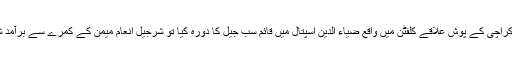
اسی طرح جب چیف جسٹس آف پاکستان جسٹس ثاقب نثار نے کراچی کے پوش علاقے کلفٹن میں واقع ضیاء الدین اسپتال میں قائم سب جیل کا دورہ کیا تو شرجیل انعام میمن کے کمرے سے برآمد شراب کی بوتلوں سے شہد اور زیتون کے چشمے پھوٹ پڑے۔